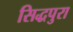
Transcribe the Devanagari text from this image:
सिद्धपुरा